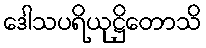
ဒေါသပရိယုဋ္ဌိတောသိ